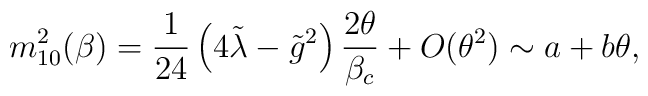
m_{10}^{2}(\beta)=\frac{1}{24}\left( 4\tilde{\lambda}-\tilde{g}^{2} \right)\frac{2\theta}{\beta_{c}}+O(\theta^{2}) \sim a+b\theta,